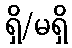
ရှိ/မရှိ